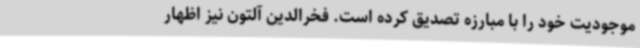
موجودیت خود را با مبارزه تصدیق کرده است. فخرالدین آلتون نیز اظهار